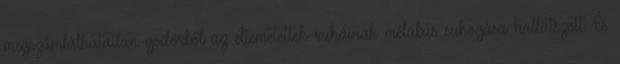
megszámlálhatatlan gödörből az eltemetettek ruháinak mélabús suhogása hallatszott. És